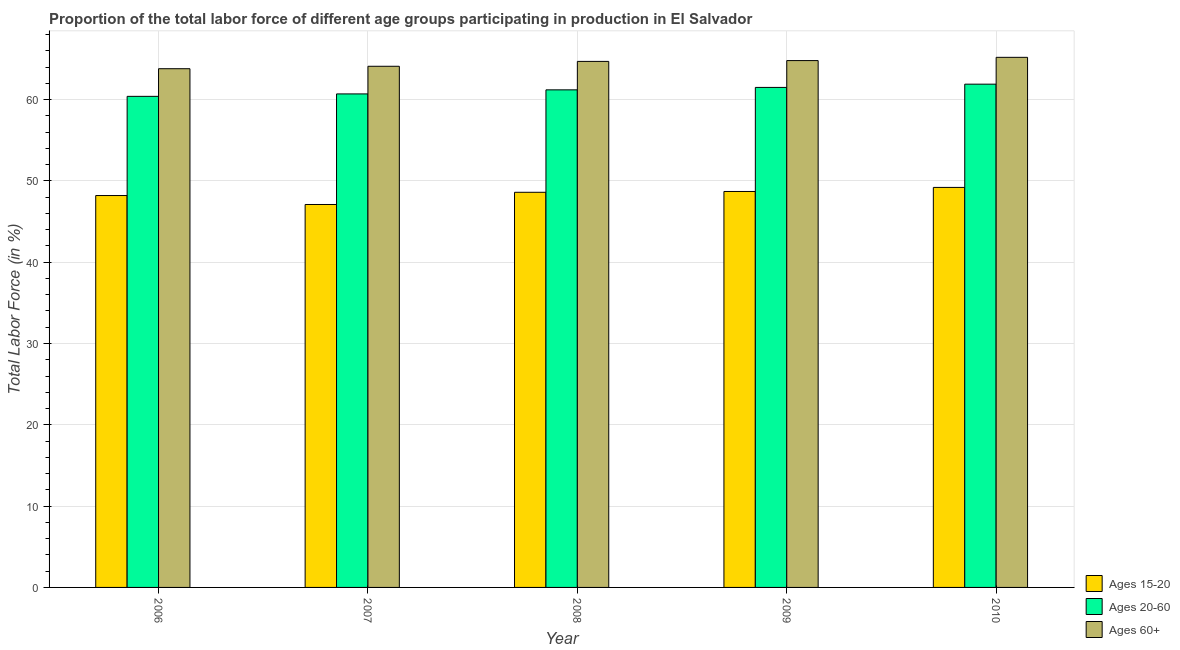
| Year | Ages 15-20 | Ages 20-60 | Ages 60+ |
 | --- | --- | --- | --- |
 | 2006 | 48.2 | 60.4 | 63.8 |
 | 2007 | 47.1 | 60.7 | 64.1 |
 | 2008 | 48.6 | 61.2 | 64.7 |
 | 2009 | 48.7 | 61.5 | 64.8 |
 | 2010 | 49.2 | 61.9 | 65.2 |